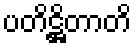
ပတိဋ္ဌိတာတိ